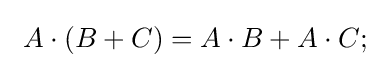
\ A\cdot (B+C)=A\cdot B+A\cdot C;